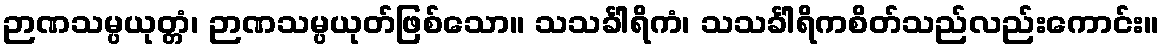
ဉာဏသမ္ပယုတ္တံ၊ ဉာဏသမ္ပယုတ်ဖြစ်သော။ သသင်္ခါရိကံ၊ သသင်္ခါရိကစိတ်သည်လည်းကောင်း။